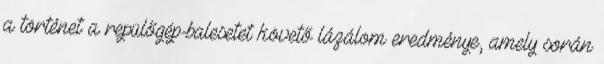
a történet a repülőgép-balesetet követő lázálom eredménye, amely során